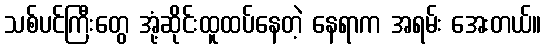
သစ်ပင်ကြီးတွေ အုံ့ဆိုင်းထူထပ်နေတဲ့ နေရာက အရမ်း အေးတယ်။